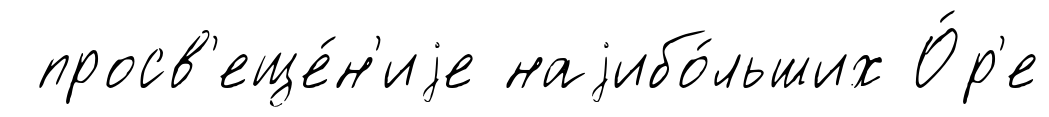
просв'еще́н'иjе наjибо́льших О́р'е